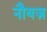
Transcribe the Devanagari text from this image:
नौयज़